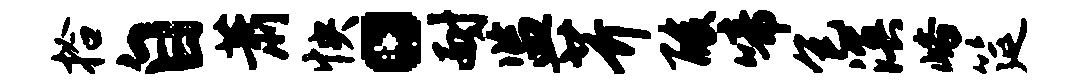
拾自萧怏。耐监芥酸啼包溟峪筵